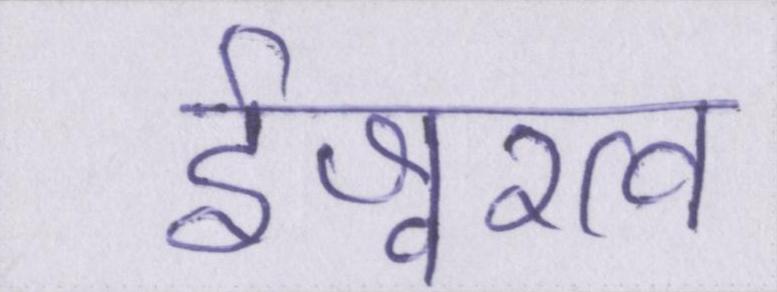
ईश्वरत्व